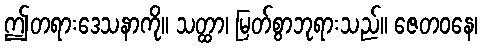
ဤတရားဒေသနာကို။ သတ္ထာ၊ မြတ်စွာဘုရားသည်။ ဇေတဝနေ၊